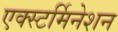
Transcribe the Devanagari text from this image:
एक्स्टर्मिनेशन